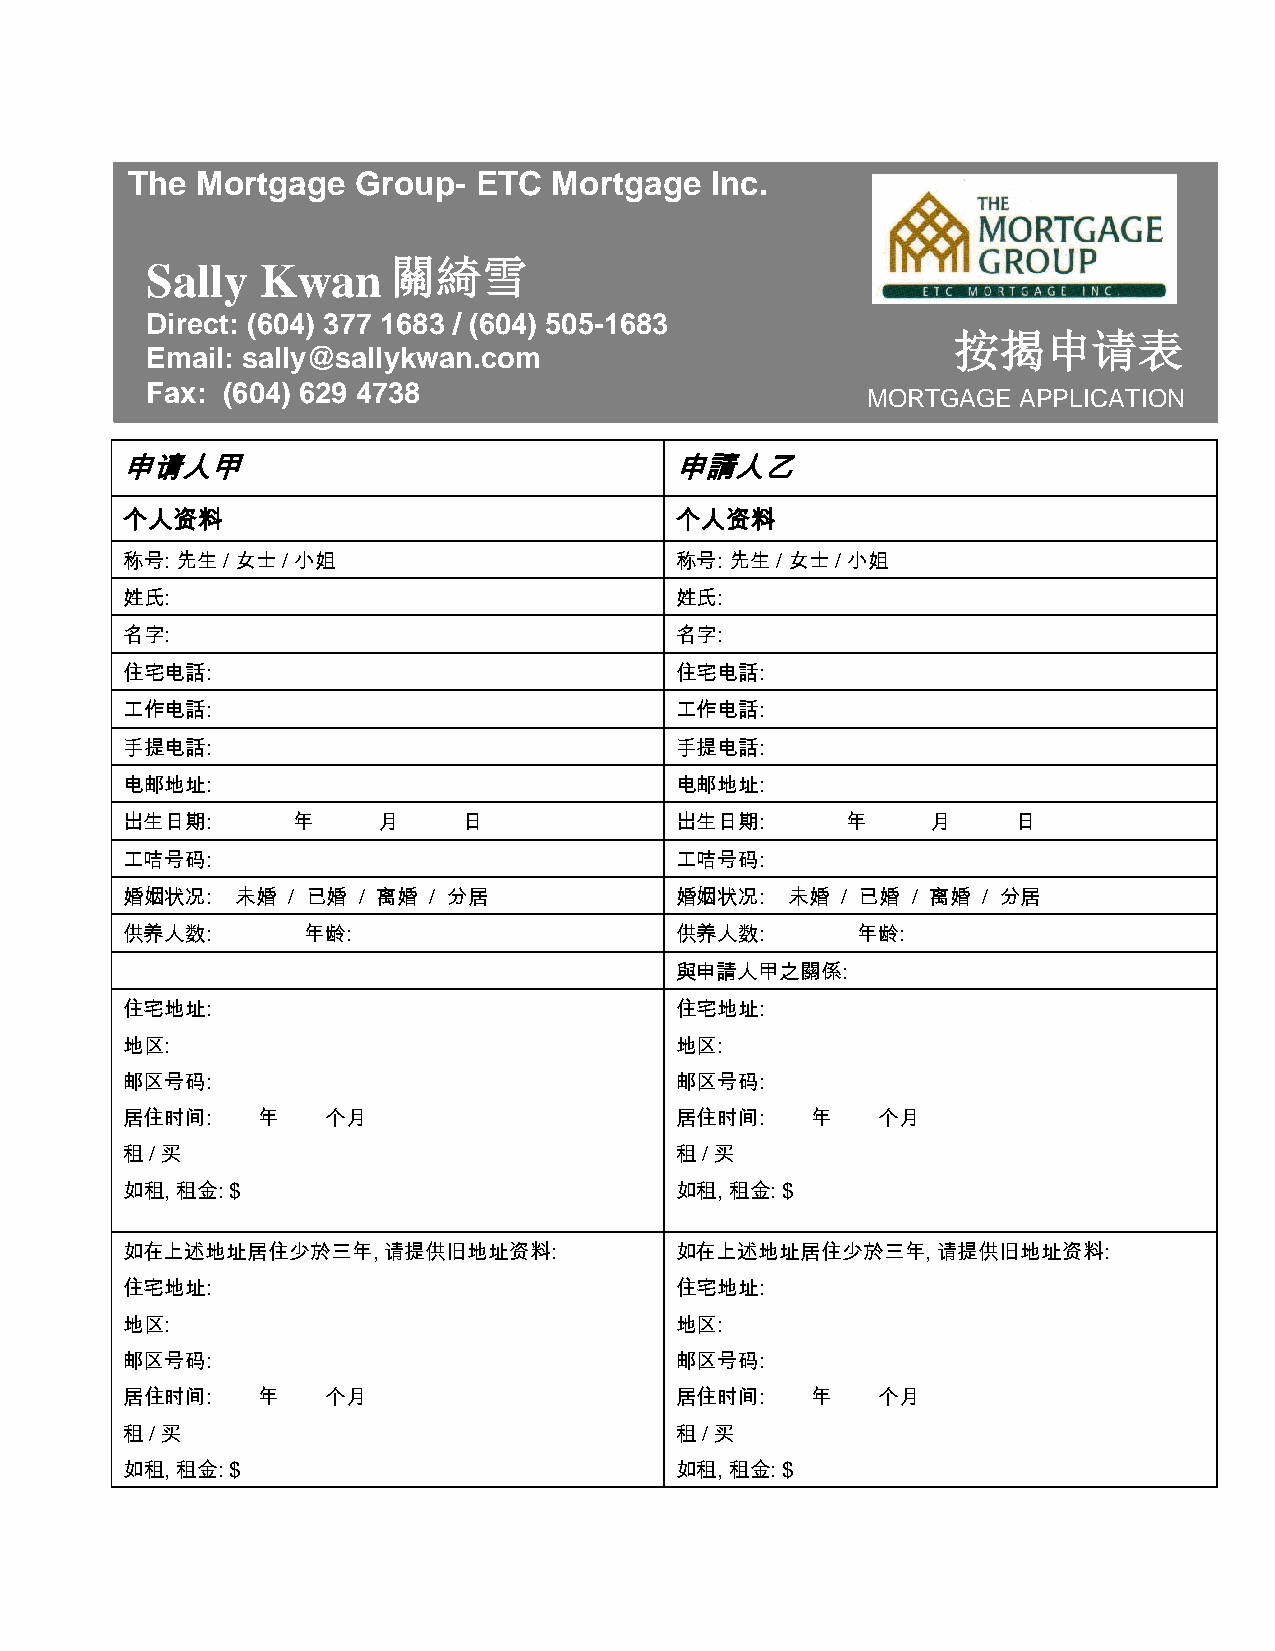
The  Mortgage   Group- ETC   Mortgage  Inc.
 Sa lly Kwan     關綺雪
 Dire ct: (604) 377 1683 / (604) 505-1683
 按揭申请表
 Email: sally@sallykwan.com
 Fax: (604) 629 4738
 MORTGAGE   APPLICATION
 申请人甲                                 申請人乙
 个人资料                                 个人资料
 称号: 先生 / 女士 / 小姐                     称号: 先生 / 女士 / 小姐
 姓氏:                                  姓氏:
 名字:                                  名字:
 住宅电話:                                住宅电話:
 工作电話:                                工作电話:
 手提电話:                                手提电話:
 电邮地址:                                电邮地址:
 出生日期:      年     月     日             出生日期:      年     月    日
 工咭号码:                                工咭号码:
 婚姻状况:   未婚 / 已婚 / 离婚 / 分居            婚姻状况:  未婚  / 已婚 / 离婚 / 分居
 供养人数:       年龄:                      供养人数:       年龄:
 與申請人甲之關係:
 住宅地址:                                住宅地址:
 地区:                                  地区:
 邮区号码:                                邮区号码:
 居住时间:    年    个月                     居住时间:    年   个月
 租 / 买                                租 / 买
 如租, 租金: $                            如租, 租金: $
 如在上述地址居住少於三年,    请提供旧地址资料:           如在上述地址居住少於三年,    请提供旧地址资料:
 住宅地址:                                住宅地址:
 地区:                                  地区:
 邮区号码:                                邮区号码:
 居住时间:    年    个月                     居住时间:    年   个月
 租 / 买                                租 / 买
 如租, 租金: $                            如租, 租金: $